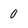
Character: 0